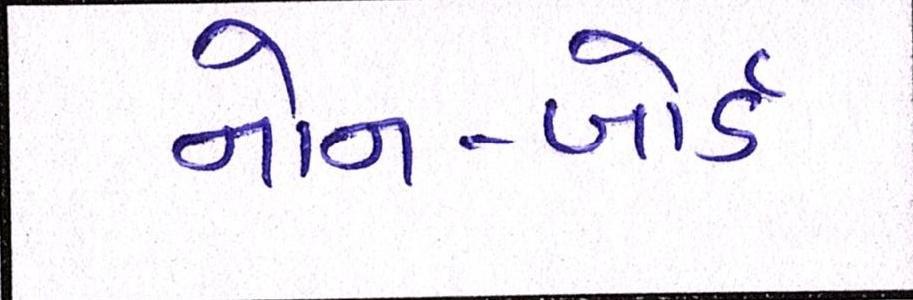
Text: નોન-બોર્ડ